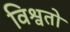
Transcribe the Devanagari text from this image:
विश्वतो